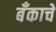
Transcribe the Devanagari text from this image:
बँकाचे